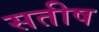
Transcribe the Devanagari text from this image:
सतीष